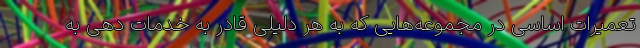
تعمیرات اساسی در مجموعه‌هایی که به هر دلیلی قادر به خدمات دهی به